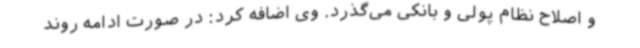
و اصلاح نظام پولی و بانکی می‌گذرد. وی اضافه کرد: در صورت ادامه روند